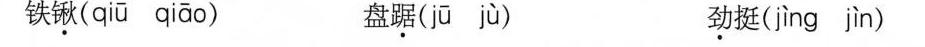
铁锨( qiū qiāo ) 盘踞( jū jù ) 劲挺( jìng jìn )